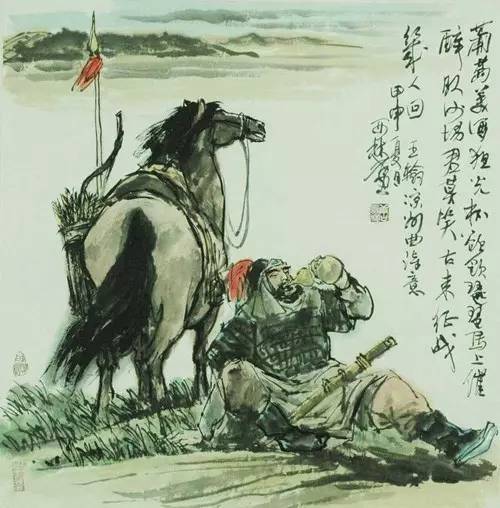
葡萄美酒夜光杯，欲饮琵琶马上催。